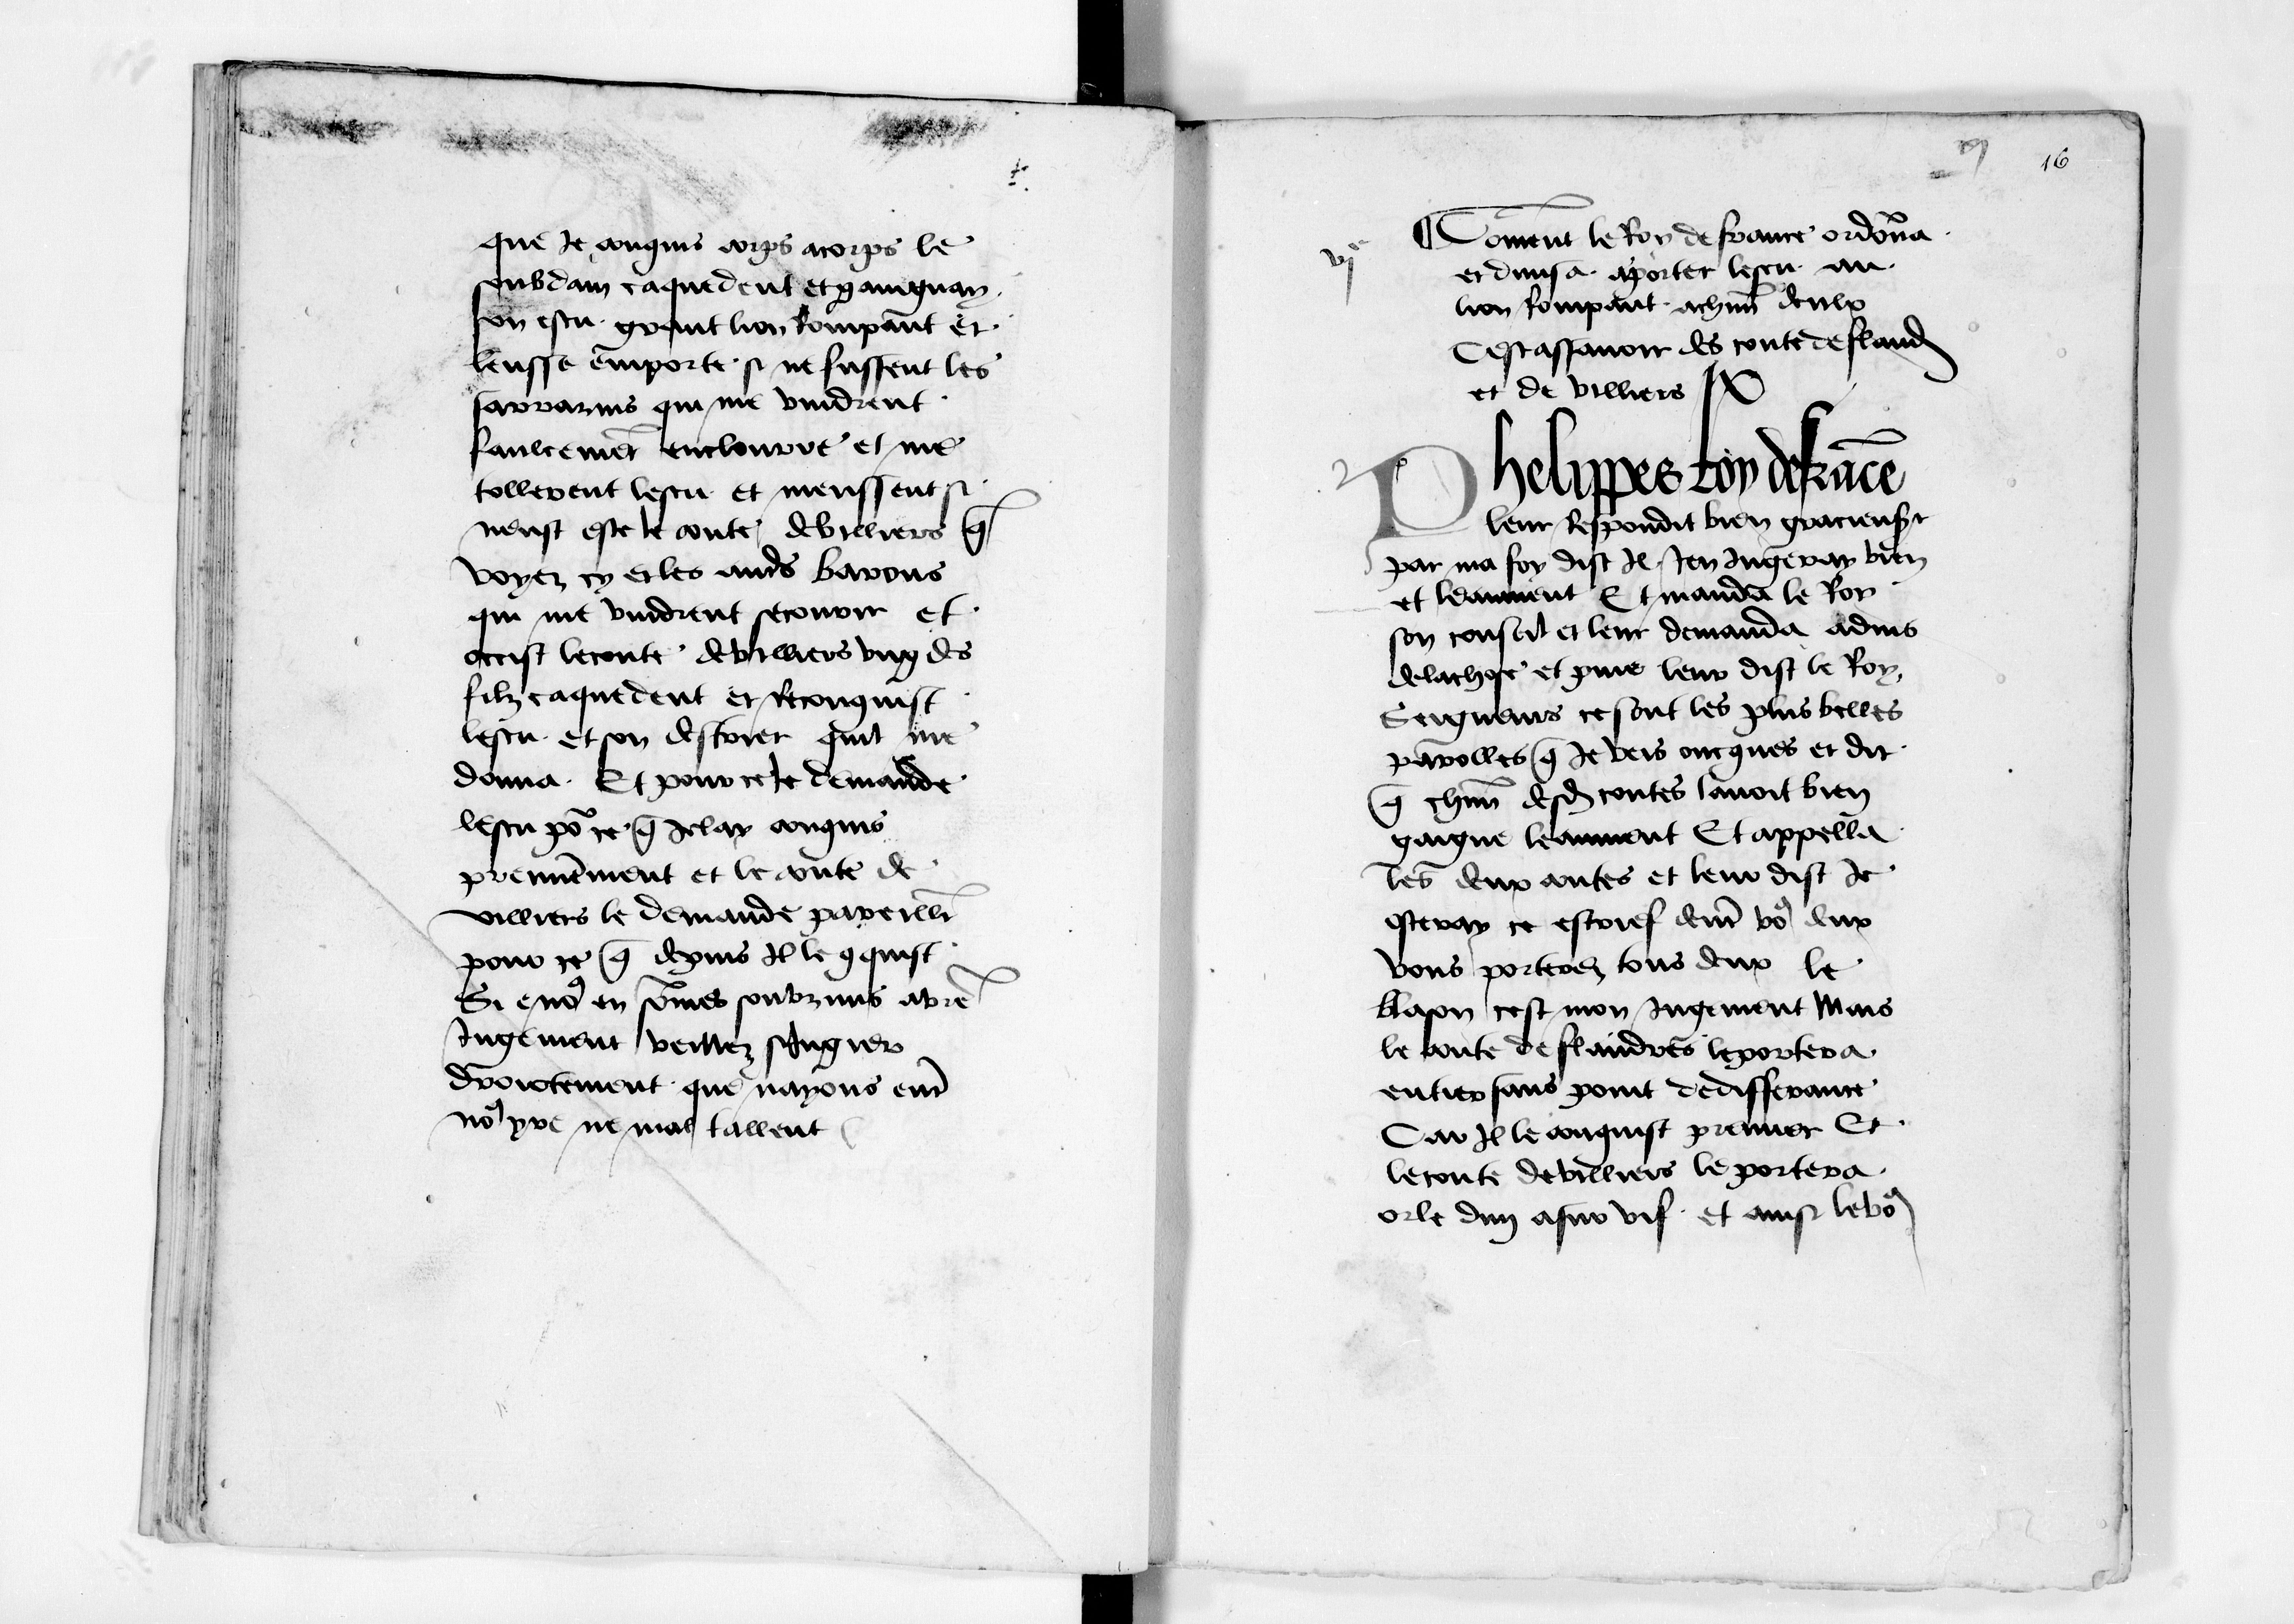
Shelfmark: Paris, BnF, fr. 12551
Century: 15